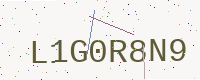
Text: L1G0R8N9